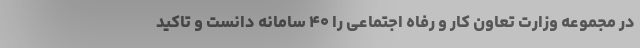
در مجموعه وزارت تعاون کار و رفاه اجتماعی را ۴۰ سامانه دانست و تاکید